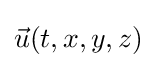
{\textstyle {\vec {u}}(t,x,y,z)}